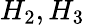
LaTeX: H_{2},H_{3}